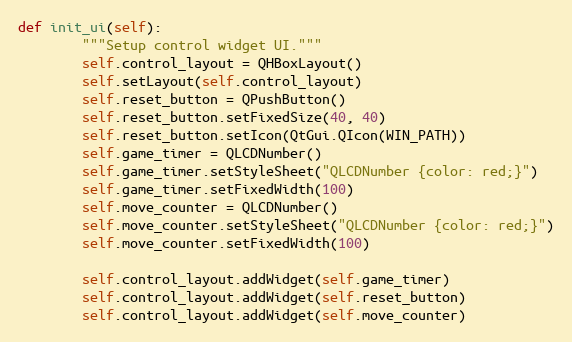
Language: Python
def init_ui(self):
        """Setup control widget UI."""
        self.control_layout = QHBoxLayout()
        self.setLayout(self.control_layout)
        self.reset_button = QPushButton()
        self.reset_button.setFixedSize(40, 40)
        self.reset_button.setIcon(QtGui.QIcon(WIN_PATH))
        self.game_timer = QLCDNumber()
        self.game_timer.setStyleSheet("QLCDNumber {color: red;}")
        self.game_timer.setFixedWidth(100)
        self.move_counter = QLCDNumber()
        self.move_counter.setStyleSheet("QLCDNumber {color: red;}")
        self.move_counter.setFixedWidth(100)

        self.control_layout.addWidget(self.game_timer)
        self.control_layout.addWidget(self.reset_button)
        self.control_layout.addWidget(self.move_counter)